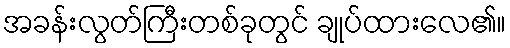
အခန်းလွတ်ကြီးတစ်ခုတွင် ချုပ်ထားလေ၏။